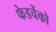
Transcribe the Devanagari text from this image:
फेडचेंको